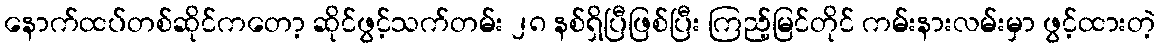
နောက်ထပ်တစ်ဆိုင်ကတော့ ဆိုင်ဖွင့်သက်တမ်း ၂၈ နစ်ရှိပြီဖြစ်ပြီး ကြည့်မြင်တိုင် ကမ်းနားလမ်းမှာ ဖွင့်ထားတဲ့